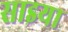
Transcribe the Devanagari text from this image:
साइया